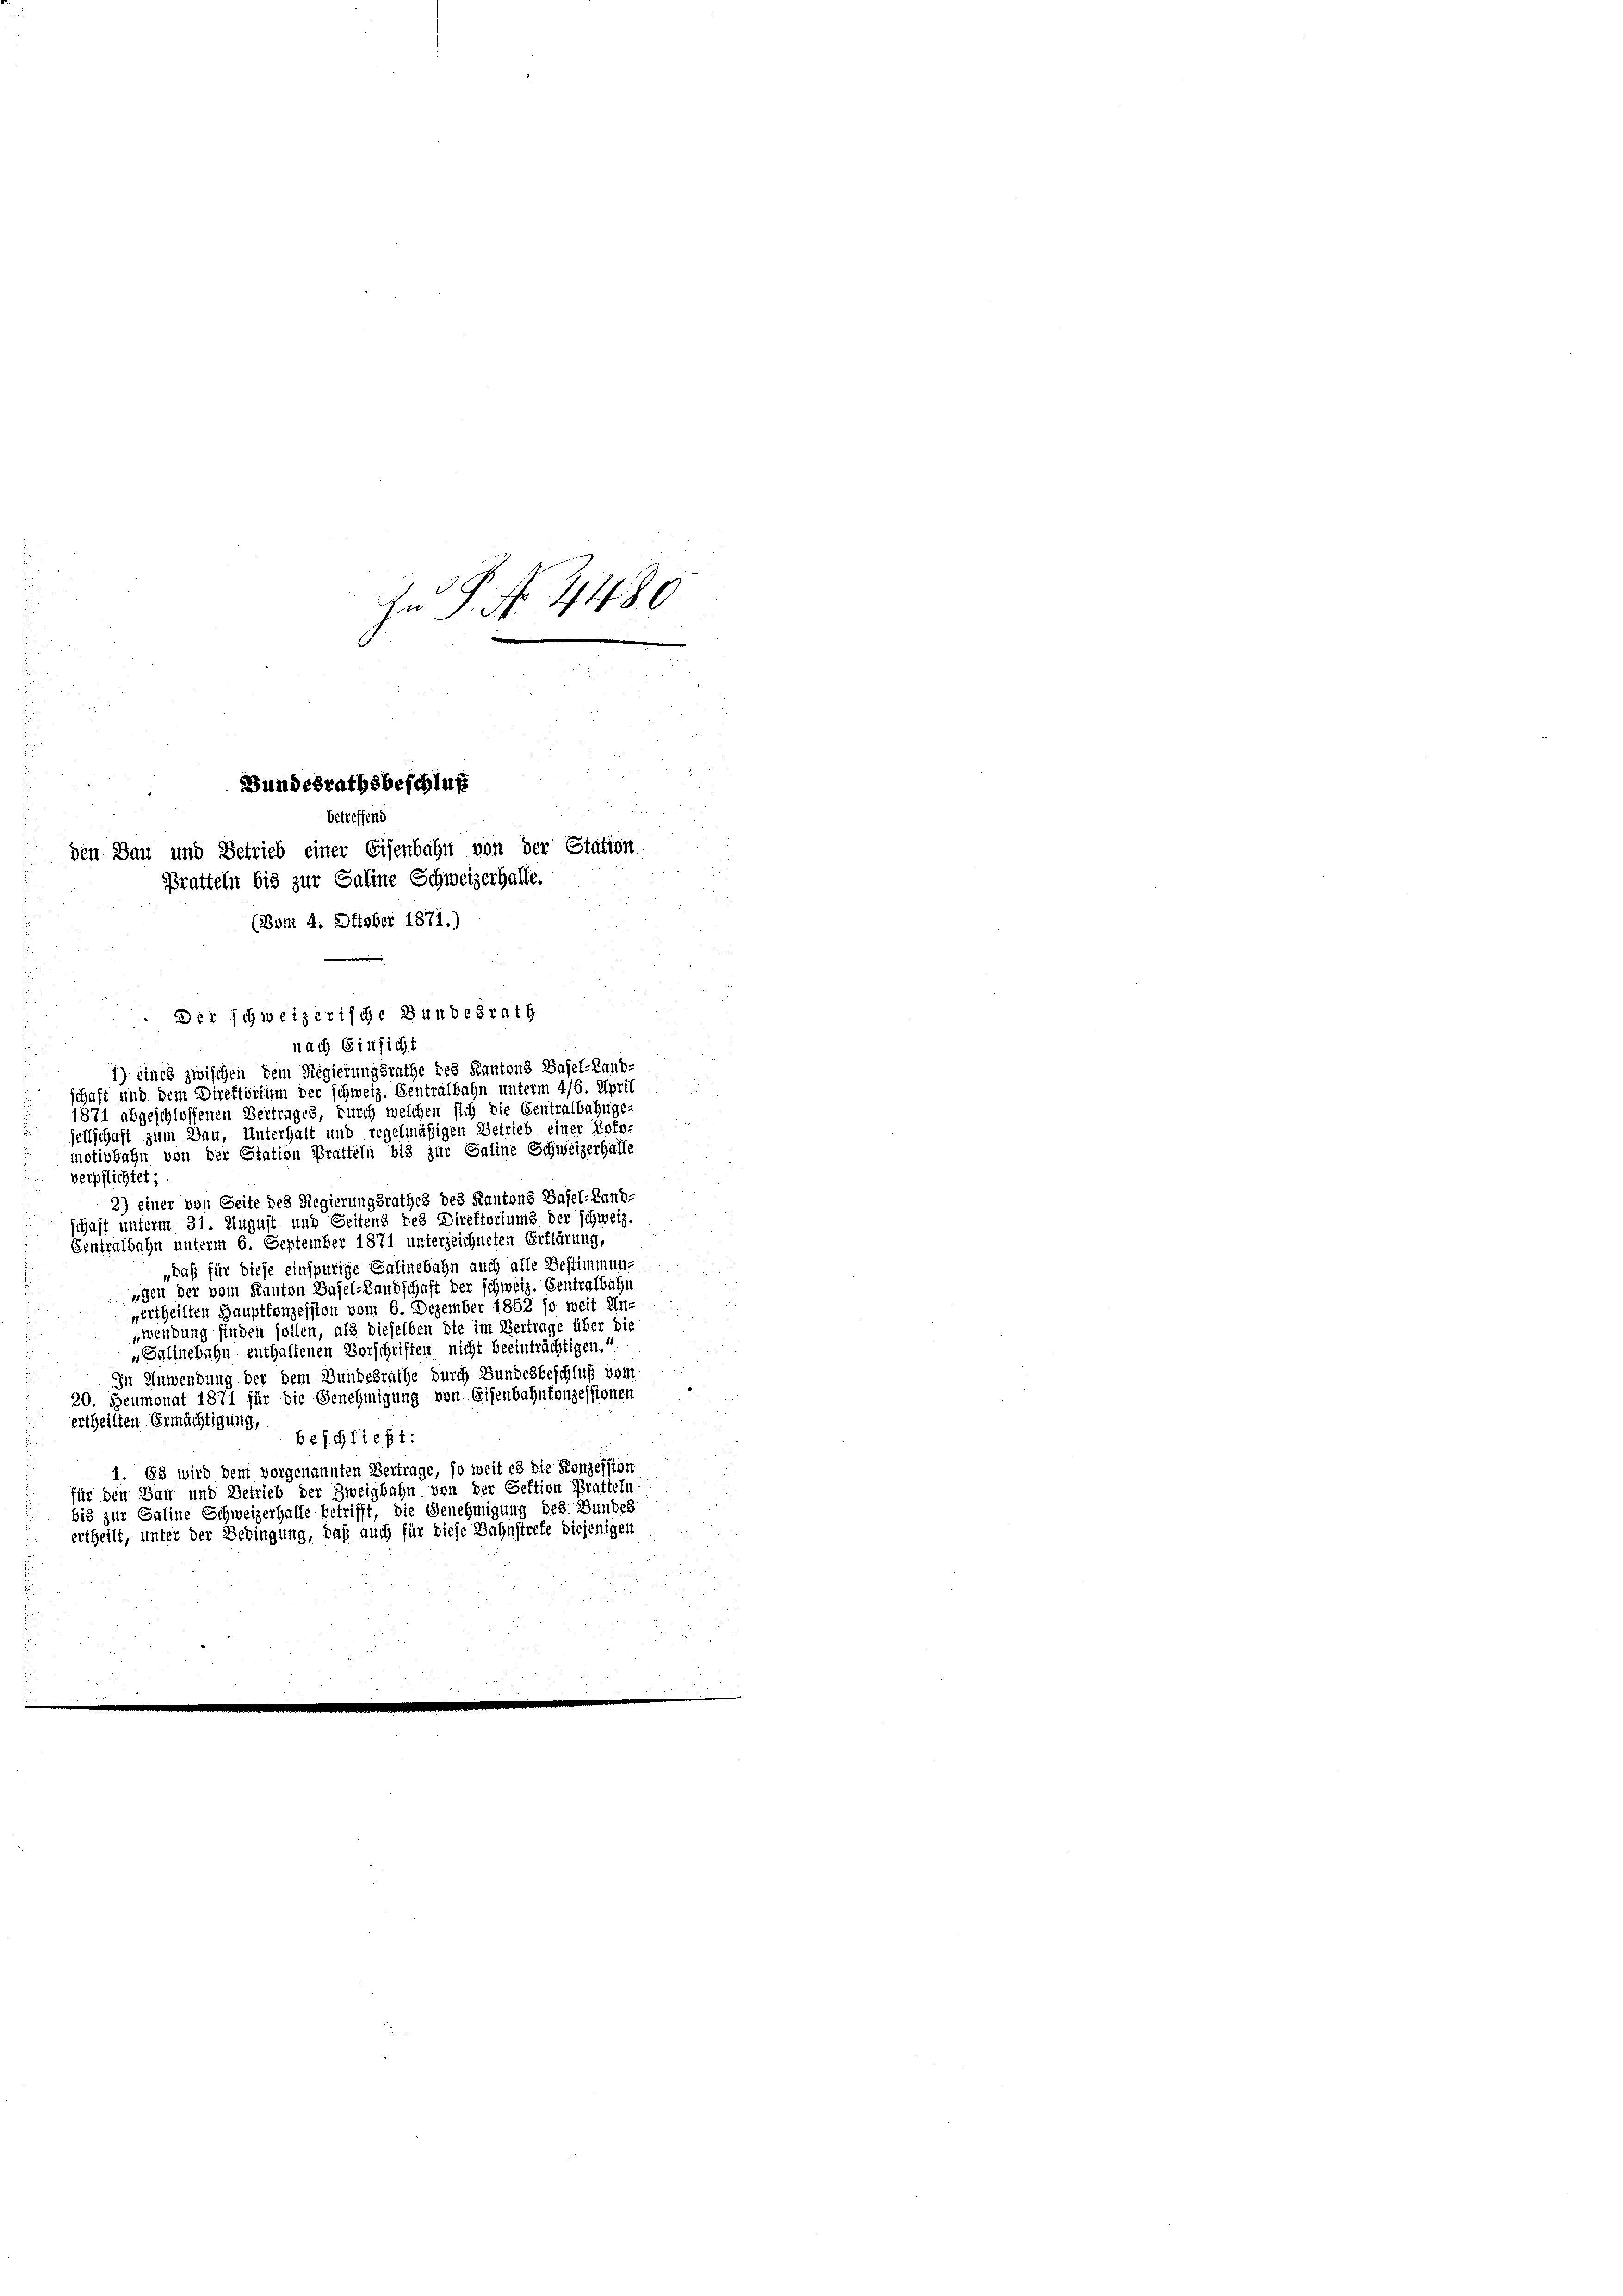
In P. Nr. 4480

Bundesrathsbeschluß
betreffend

den Bau und Betrieb einer Eisenbahn von der Station
Bratteln bis zur Saline Schweizerhalte.
(Bom 4. Oktober 1871.)

.
1) eines zwischen dem Regierungsrathe des Kantons Basel-Land-
schaft und dem Direktorium der schweiz. Gentralbahn unterm 4/6. April
1871 abgeschlossenen Vertrages, durch welchen sich die Centralbahnge-
sellschaft zum Bau, Unterhalt und regelmäßigen Betrieb einer Poto-
motivbahn von der Station Bratteln bis zur Saline Schweizerhalle
verpflichtet;
2) einer von Seite des Regierungsrathes des Kantons Basel-Land-
schaft unterm 31. August und Seitens des Direktoriums der schweiz.
Centralbahn unterm 6. September 1871 unterzeichneten Erklärung,
„daß für diese einspurige Salinebahn auch alle Bestimmunugen der vom Kanton Basel-Landschaft der schweiz. Centralbahn
vertheilten Hauptfonzession vom 6. Dezember 1852 so weit In-
gwendung finden sollen, als dieselben die im Vertrage über die
„Salinebahn enthaltenen Vorschriften nicht beeinträchtigen.
In Anwendung der dem Bundesrathe durch Bundesbeschluß vom
20. Heumonat 1871 für die Genehmigung von Eisenbahnkonzessionen
ertheilten Ermächtigung,
beschließt:
1. 63 wird dem vorgenannten Vertrage, so weit es die Konzession
für den Bau und Betrieb der Zweigbahn von der Geftion Praffeln
bis zur Saline Schweizerhalle betrifft, die Genehmigung des Bundes
ertheilt, unter der Bedingung, daß auch für diese Bahnstrefe diejenigen

Der schweizerische Bundesrath
nach Einsicht